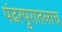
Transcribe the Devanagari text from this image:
पंढरपुरातलाच